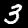
Digit: 3